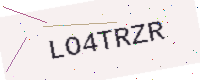
Text: LO4TRZR